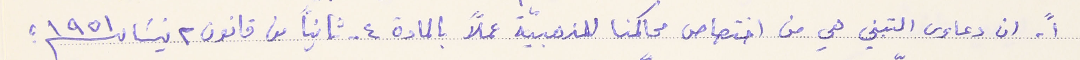
١- ان دعاوى التبني هي من اختصاص محاكمنا المذهبية عملاً بالمادة ٤ من قانون ٢ نيسَان ١٩٥١؛